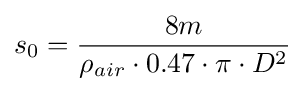
{{s}_{0}}={\frac {8m}{{{\rho }_{air}}\cdot 0.47\cdot \pi \cdot {{D}^{2}}}}